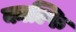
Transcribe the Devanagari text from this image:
काल्फि